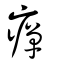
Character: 癉